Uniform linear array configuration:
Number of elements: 64
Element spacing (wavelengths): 0.25
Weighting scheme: hann
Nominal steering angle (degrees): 30
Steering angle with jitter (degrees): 29.687
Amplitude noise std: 0.05
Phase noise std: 0.05

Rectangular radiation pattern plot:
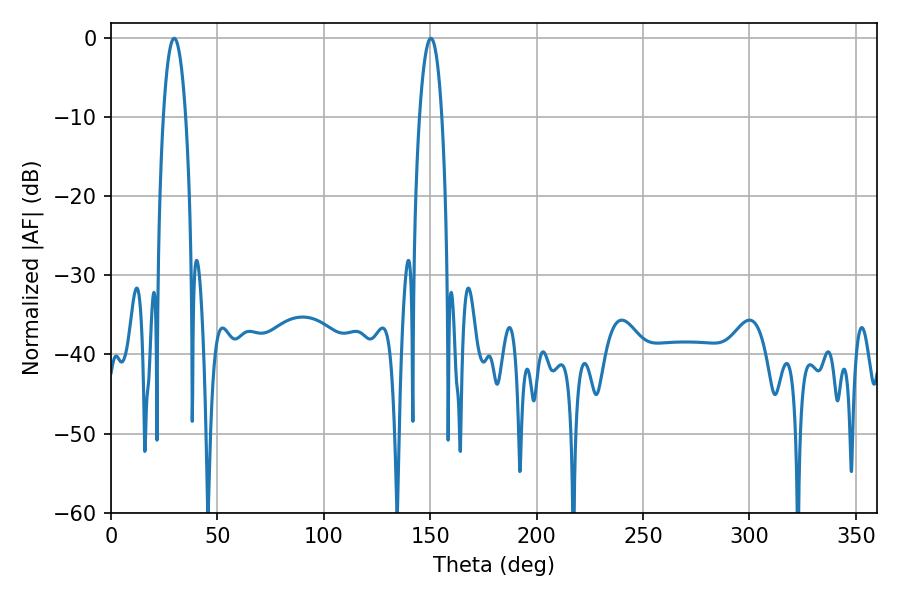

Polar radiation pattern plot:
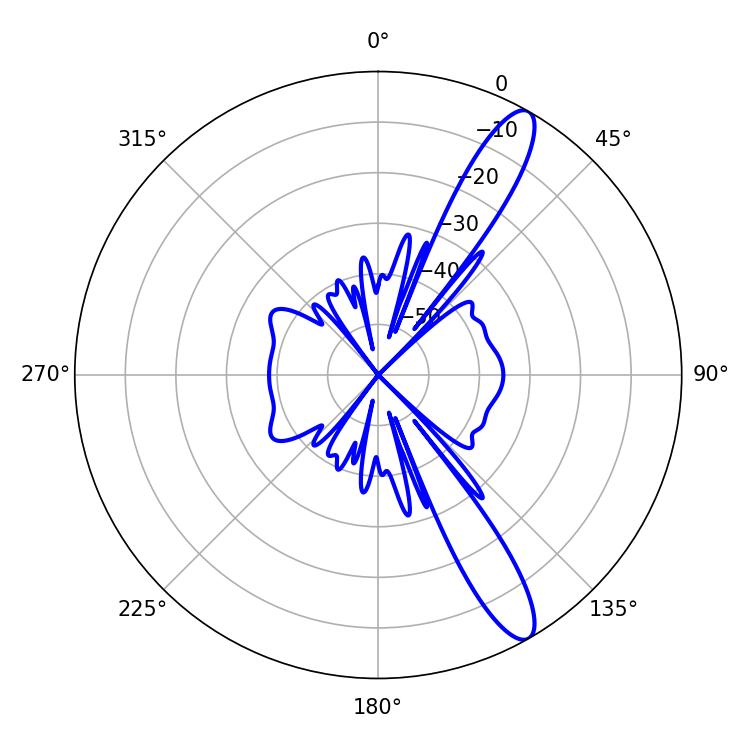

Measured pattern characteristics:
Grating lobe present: FALSE
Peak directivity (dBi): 12.645
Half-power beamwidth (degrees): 5.76
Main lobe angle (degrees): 29.7